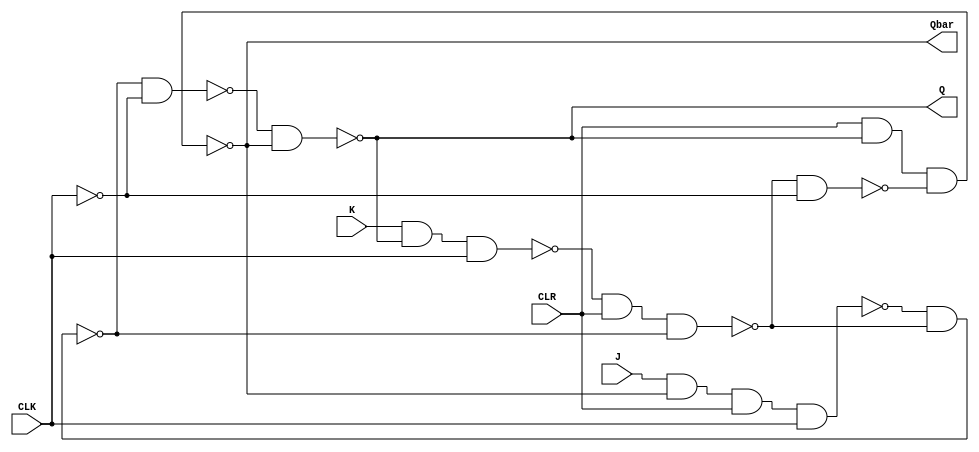
module JKFF(Q, Qbar, J, K, CLR, CLK);
	output Q, Qbar;
	input J, K, CLR, CLK;
	
	wire a, b, y, ybar, CLKbar, c, cbar;
	
	nand n01(a, J, Qbar, CLR, CLK);
	nand n02(b, K, Q, CLK);
	nand n11(y, a, ybar);
	nand n12(ybar, b, CLR, y);
	not n(CLKbar, CLK);
	nand n21(c, y, CLKbar);
	nand n22(cbar, ybar, CLKbar);
	nand n31(Q, c, Qbar);
	nand n32(Qbar, CLR, Q, cbar);
endmodule